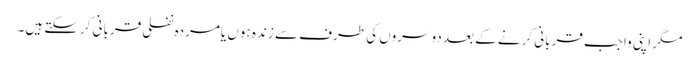
مگر اپنی واجب قربانی کرنے کے بعد دوسروں کی طرف سے زندہ ہوں یامردہ نفلی قربانی کرسکتے ہیں۔